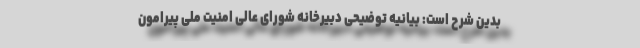
بدین شرح است: بیانیه توضیحی دبیرخانه شورای عالی امنیت ملی پیرامون